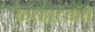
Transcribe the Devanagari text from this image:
करहाटकचे